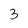
Character: 3